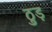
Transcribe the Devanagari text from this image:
ठुड़